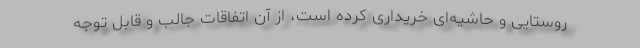
روستایی و حاشیه‌ای خریداری کرده است، از آن اتفاقات جالب و قابل توجه